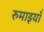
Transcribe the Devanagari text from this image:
रुमाइयाँ